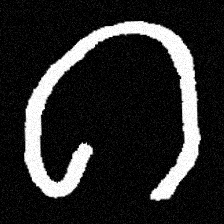
Pyu character \u2014 Myanmar letter: ဂ (romanized: ga)